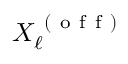
X _ { \ell } ^ { \mathrm { ~ ( ~ o ~ f ~ f ~ ) ~ } }